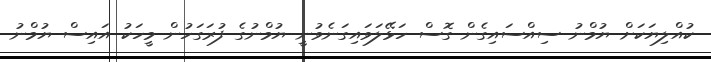
ކުއްލިޔަކަށް ޔުމްނު ސިއްސައިގެން ގޮސް ހަޅޭލަވައިގަނެވުނީ ޔުމްނުގެ ފުރަގަހުން މީހަކު އައިސް ޔުމްނު